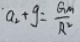
a _ { 2 } + g = \frac { G m ^ { 2 } } { R ^ { 2 } }